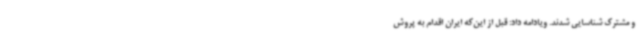
و مشترک شناسایی شدند. ویادامه داد: قبل از این‌که ایران اقدام به پروش